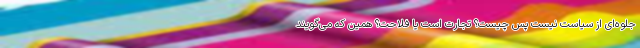
جلوه‌ای از سیاست نیست پس چیست؟ تجارت است یا فلاحت؟ همین که می‌گویند